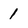
Character: 1